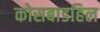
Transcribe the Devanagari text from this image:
कोसबाडहिल